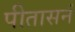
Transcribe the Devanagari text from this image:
पीतासनं